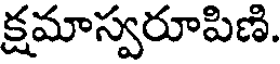
క్షమాస్వరూపిణి.